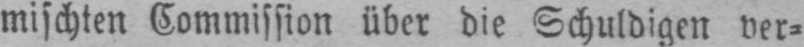
mischten Commission über die Schuldigen ver⸗